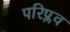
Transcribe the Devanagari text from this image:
परिप्लव